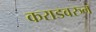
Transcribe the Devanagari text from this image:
कराडवरुन